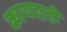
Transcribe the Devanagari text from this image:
कायदाही